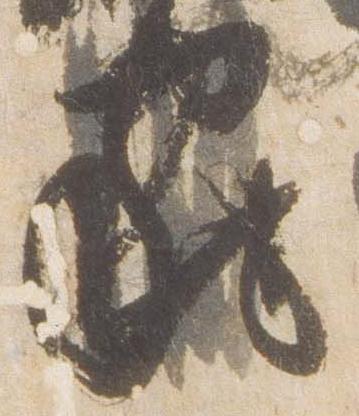
家